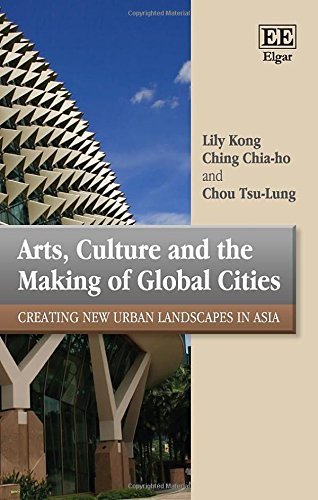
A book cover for Arts, Culture and the Making of Global Cities: Creating New Urban Landscapes in Asia; Lily Kong; Business & Money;